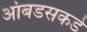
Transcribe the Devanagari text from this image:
आंबडसकडे